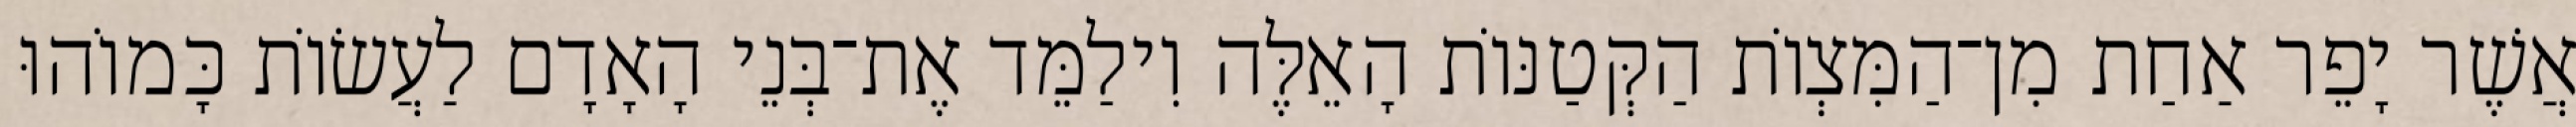
אֲשֶׁר יָפֵר אַחַת מִן־הַמִּצְוֹת הַקְּטַנּוֹת הָאֵלֶּה וִילַמֵּד אֶת־בְּנֵי הָאָדָם לַעֲשׂוֹת כָּמוֹהוּ